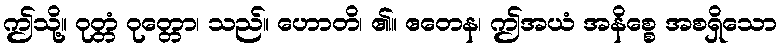
ဤသို့။ ဝုတ္တံ ဝုတ္တော၊ သည်။ ဟောတိ၊ ၏။ ဧတေန၊ ဤအယံ အနိစ္စေ အစရှိသော